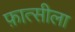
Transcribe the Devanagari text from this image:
फ़ात्सीला